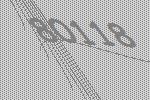
80118